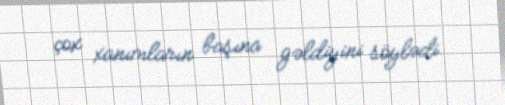
çox xanımların başına gəldiyini söylədi.